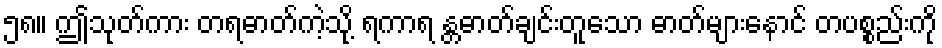
၅၈။ ဤသုတ်ကား တရဓာတ်ကဲ့သို့ ရကာရ န္တဓာတ်ချင်းတူသော ဓာတ်များနောင် တပစ္စည်းကို